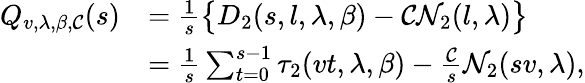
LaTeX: \begin{array}{rl}{Q_{v,\lambda,\beta,\mathcal{C}}(s)}&{=\frac{1}{s}\big\{ D_{2}(s,l,\lambda,\beta)-\mathcal{C}\mathcal{N}_{2}(l,\lambda)\big\} }\\ &{=\frac{1}{s}\sum_{t=0}^{s-1}\tau_{2}(vt,\lambda,\beta)-\frac{\mathcal{C}}{s}\mathcal{N}_{2}(sv,\lambda),}\end{array}